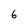
Character: 6